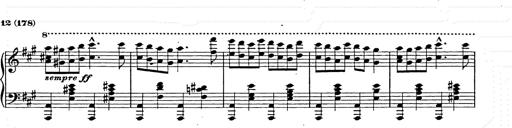
Title: Hungarian Rhapsody No.15
Composer: Franz Liszt
Key: A minor